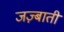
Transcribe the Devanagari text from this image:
जज़्बाती